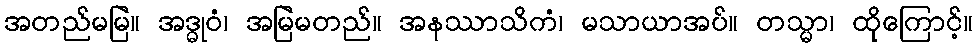
အတည်မမြဲ။ အဒ္ဓုဝံ၊ အမြဲမတည်။ အနဿာသိကံ၊ မသာယာအပ်။ တသ္မာ၊ ထိုကြောင့်။